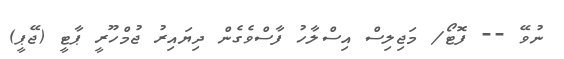
ނުވޭ -- ފޮޓޯ/ މަޖިލިސް އިސްލާހު ފާސްވެގެން ދިޔައިރު ޖުމްހޫރީ ޕާޓީ (ޖޭޕީ)